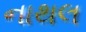
નાથલ